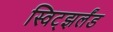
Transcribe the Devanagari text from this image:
स्विट्झर्लंड